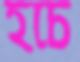
হচে